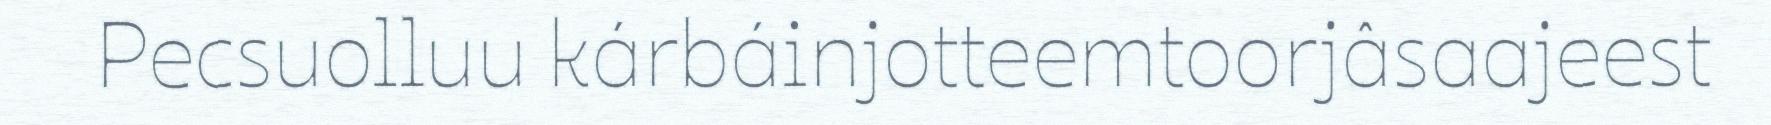
Pecsuolluu kárbáinjotteemtoorjâsaajeest